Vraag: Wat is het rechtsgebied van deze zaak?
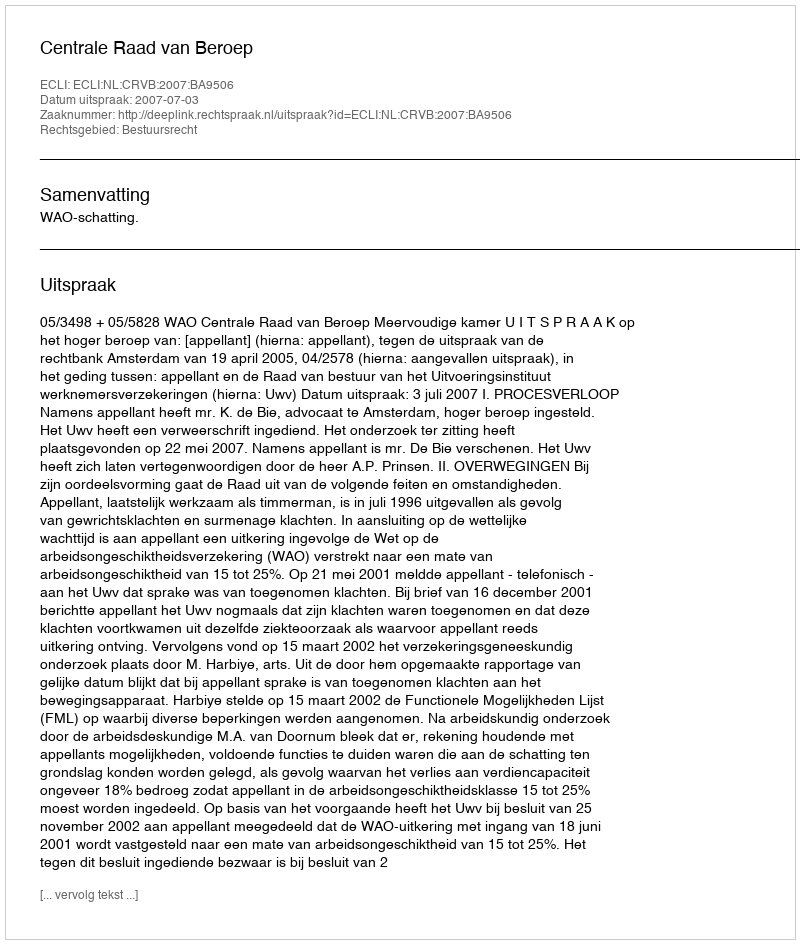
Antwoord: Bestuursrecht